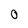
Character: 0